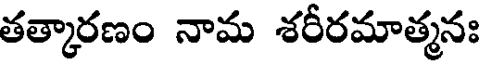
తత్కారణం నామ శరీరమాత్మనః